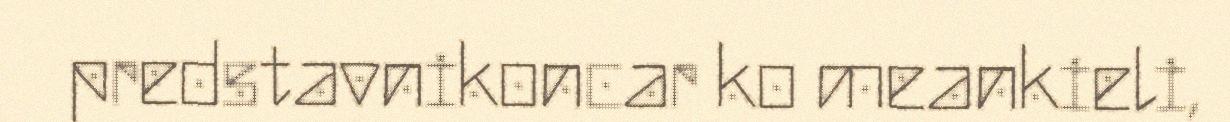
predstavnikoncar ko meankieli,